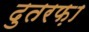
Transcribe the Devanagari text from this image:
दुतरफ़ा